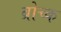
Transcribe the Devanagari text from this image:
ब्रोच्क